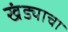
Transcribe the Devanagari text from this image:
खंड्याचा